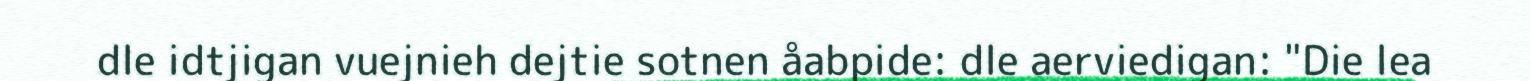
dle idtjigan vuejnieh dejtie sotnen åabpide: dle aerviedigan: "Die lea